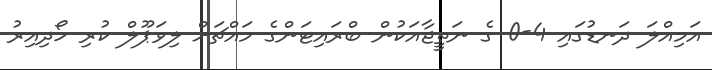
އަމިއްލަ ދަނޑުގައި 4-0 ގެ ނަތީޖާއަކުން ބްރައިޓަންގެ މައްޗަށް ލިވަޕޫލް ކުރި ހޯދިއިރު